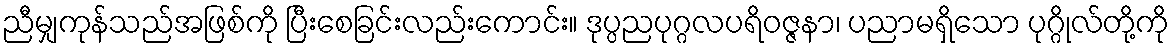
ညီမျှကုန်သည်အဖြစ်ကို ပြီးစေခြင်းလည်းကောင်း။ ဒုပ္ပညပုဂ္ဂလပရိဝဇ္ဇနာ၊ ပညာမရှိသော ပုဂ္ဂိုလ်တို့ကို